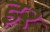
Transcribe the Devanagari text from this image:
इ२